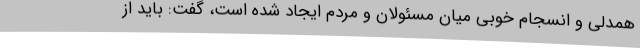
همدلی و انسجام خوبی میان مسئولان و مردم ایجاد شده است، گفت: باید از